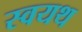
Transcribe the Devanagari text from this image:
स्वयथ